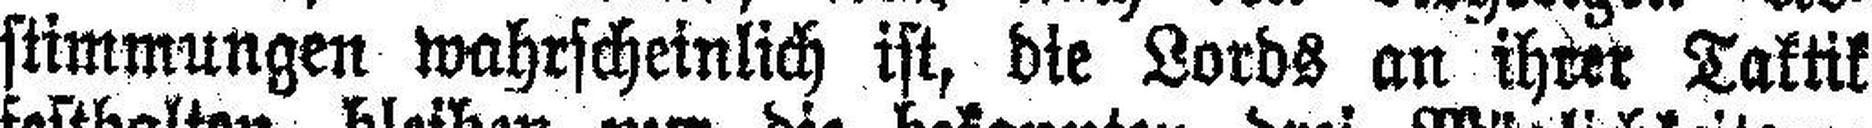
stimmungen wahrscheinlich ist, die Lords an ihrer Taktik